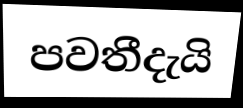
පවතීදැයි